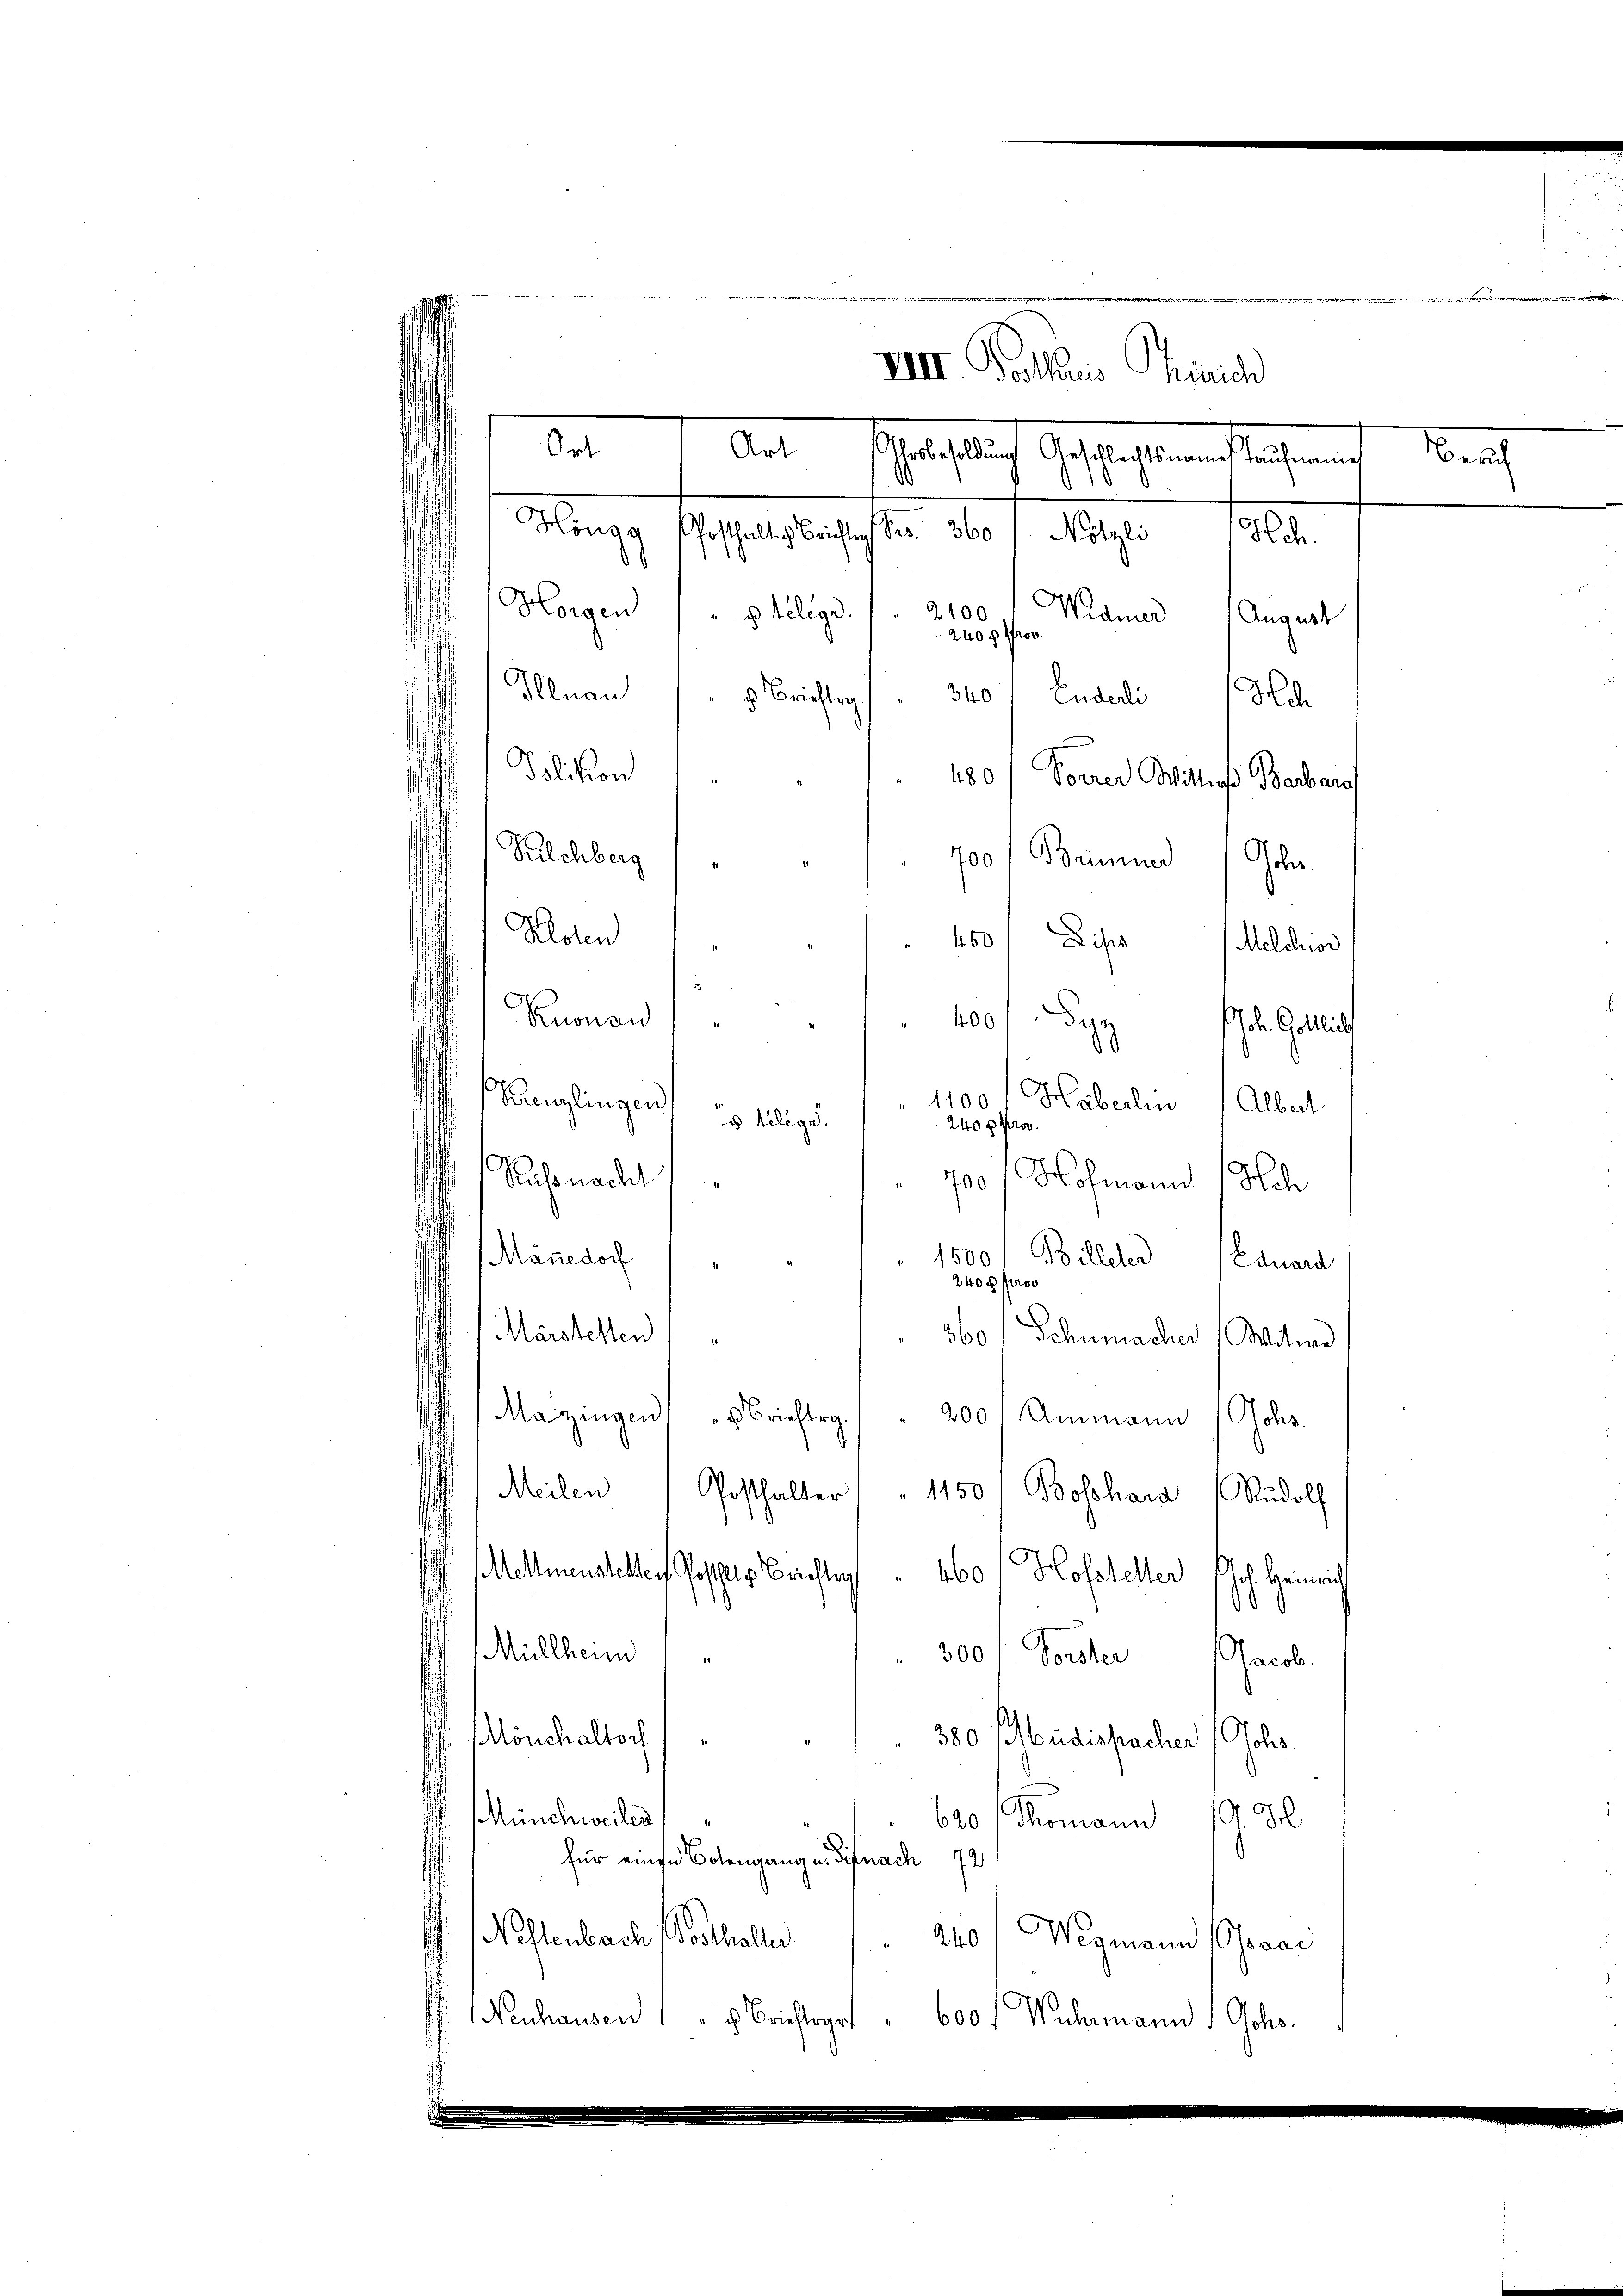
Mag. Separtens fern 280 f. 1890. 18.
Horgen (: Stilegs. / 2000 Manner August
Illnau
340
 Brichtig
Eudedi Hch
Tolikon
180 / Vorrer Wittias Barbarof
11
Kilchberg
700) Brinner Gebr.
11
Roten
 450 Lips Melchior
Knonau
400
Bigl Geltu
Kreuzlingen
" 1100
Häberlin / Albert
u telege.
240 x Pro
Rus nacht
700
Hohmann Sch
" 1500
Mänedorf
Billeter (Lauera
240 x
nor
Märstelten
360 / Schumacher Witwe
Mazingen Brieftrg. 200 Ammann (Johs.
¬
Meilen Posthalter " " 1150/ Boßhard Rudolf
Wellmenstellen Possels Berichte . 460 f Hofsteller Joh. Heinrich
¬
Müllheim
300 / Vorster Jacob.
 Mönchaltoch
380 (büdispacher (Johs.
Münchweiler
620 (Romann 19. J
für einen Botengang u. Sifnach 72
Nehlenbach Posthaller                 40
Wegmann (Graac
 (Neuhausen 1 " Brieftrgrt
Wuhrmann Johs.
600 f

VIII. Kothis Trinich
Ort

240f Prov.

Aut schaftlich Gestatten stehen

en